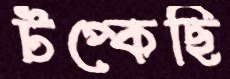
টপ্‌কেছি